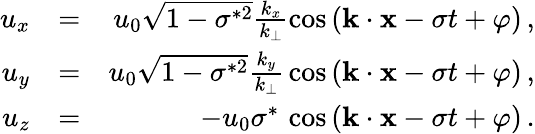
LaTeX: \begin{array}{rlr}{u_{x}}&{=}&{u_{0}\sqrt{1-\sigma^{*2}}\frac{k_{x}}{k_{\perp}}\cos{({\mathbf k}\cdot{\mathbf x}-\sigma t+\varphi)}\, ,}\\ {u_{y}}&{=}&{u_{0}\sqrt{1-\sigma^{*2}}\frac{k_{y}}{k_{\perp}}\, \cos{({\mathbf k}\cdot{\mathbf x}-\sigma t+\varphi)}\, ,}\\ {u_{z}}&{=}&{-u_{0}\sigma^{*}\, \cos{({\mathbf k}\cdot{\mathbf x}-\sigma t+\varphi)}\, .}\end{array}